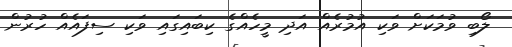
ލޯބި ވުމަކަށް ވަކި އުމުރެއް އަދި މީހެއްގެ ކިބައިގައި ވަކި ސިފައެއް ހުރުން